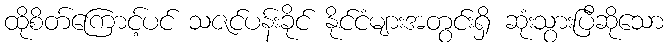
ထိုစိတ်ကြောင့်ပင် သဇင်ပန်းခိုင် နိုင်ငံများအတွင်းရှိ ဆုံးသွားပြီဆိုသော